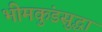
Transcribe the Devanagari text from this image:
भीमकुंडसुद्धा